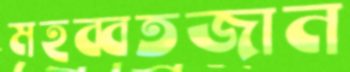
মহব্বতজান